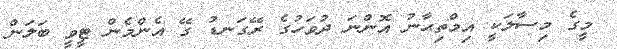
މީގެ މިސާލަކީ އިމްތިޙާނު އޮންނަ ދުވަހުގެ ރޭގަނޑު ގޭ އެންމެން ޓީވީ ބަލަން